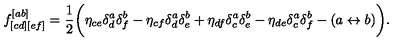
f _ { [ c d ] [ e f ] } ^ { [ a b ] } = { \frac { 1 } { 2 } } \bigg ( \eta _ { c e } \delta _ { d } ^ { a } \delta _ { f } ^ { b } - \eta _ { c f } \delta _ { d } ^ { a } \delta _ { e } ^ { b } + \eta _ { d f } \delta _ { c } ^ { a } \delta _ { e } ^ { b } - \eta _ { d e } \delta _ { c } ^ { a } \delta _ { f } ^ { b } - ( a \leftrightarrow b ) \bigg ) .